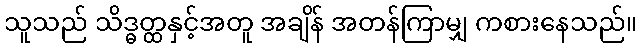
သူသည် သိဒ္ဓတ္ထနှင့်အတူ အချိန် အတန်ကြာမျှ ကစားနေသည်။